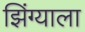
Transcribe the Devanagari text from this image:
झिंग्याला